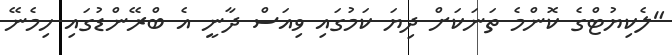
"ލެކިޔުޓްގެ ކޮންމެ ތަނަކަށް ދިޔަ ކަމުގައި ވިއަސް ދާނީ އެ ބްރޭންޑުގައި ހިމެނޭ